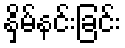
နှိမ်နင်းခြင်း